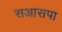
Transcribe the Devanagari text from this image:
सआसपा